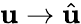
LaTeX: \mathbf{u}\rightarrow\hat{{\mathbf{u}}}